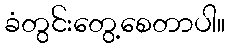
ခံတွင်းတွေ့စေတာပါ။